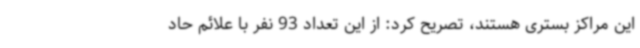
این مراکز بستری هستند، تصریح کرد: از این تعداد 93 نفر با علائم حاد